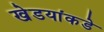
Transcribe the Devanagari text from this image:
खेडयांकडे